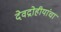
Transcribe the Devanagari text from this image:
देवद्रोहीयांचा